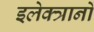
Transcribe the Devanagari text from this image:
इलेक्त्रानों